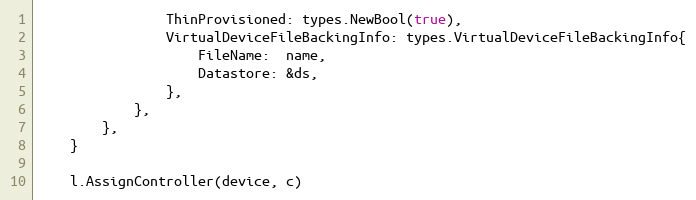
Language: Go
				ThinProvisioned: types.NewBool(true),
				VirtualDeviceFileBackingInfo: types.VirtualDeviceFileBackingInfo{
					FileName:  name,
					Datastore: &ds,
				},
			},
		},
	}

	l.AssignController(device, c)